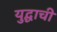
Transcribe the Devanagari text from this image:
युद्घाची